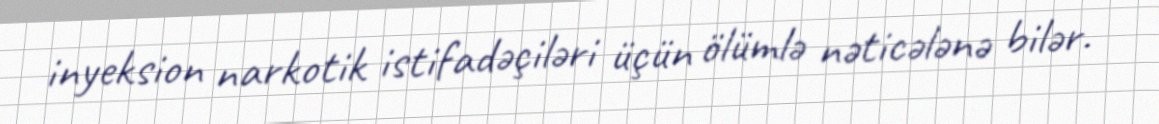
inyeksion narkotik istifadəçiləri üçün ölümlə nəticələnə bilər.